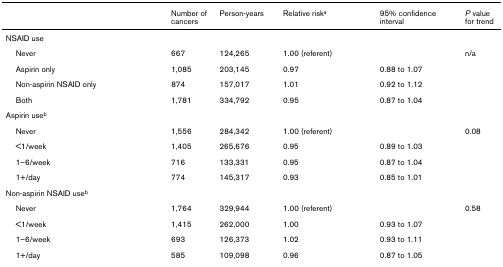
|  | Number of cancers | Person-years | Relative riska | 95% confidence interval | P value for trend |
 | --- | --- | --- | --- | --- | --- |
 | NSAID use |  |  |  |  |  |
 | Never | 667 | 124,265 | 1.00 (referent) |  | n/a |
 | Aspirin only | 1,085 | 203,145 | 0.97 | 0.88 to 1.07 |  |
 | Non-aspirin NSAID only | 874 | 157,017 | 1.01 | 0.92 to 1.12 |  |
 | Both | 1,781 | 334,792 | 0.95 | 0.87 to 1.04 |  |
 | Aspirin useb |  |  |  |  |  |
 | Never | 1,556 | 284,342 | 1.00 (referent) |  | 0.08 |
 | <1/week | 1,405 | 265,676 | 0.95 | 0.89 to 1.03 |  |
 | 1–6/week | 716 | 133,331 | 0.95 | 0.87 to 1.04 |  |
 | 1+/day | 774 | 145,317 | 0.93 | 0.85 to 1.01 |  |
 | Non-aspirin NSAID useb |  |  |  |  |  |
 | Never | 1,764 | 329,944 | 1.00 (referent) |  | 0.58 |
 | <1/week | 1,415 | 262,000 | 1.00 | 0.93 to 1.07 |  |
 | 1–6/week | 693 | 126,373 | 1.02 | 0.93 to 1.11 |  |
 | 1+/day | 585 | 109,098 | 0.96 | 0.87 to 1.05 |  |